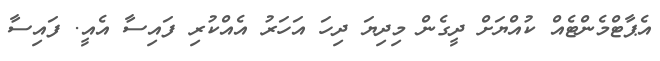
އެޕާޓްމެންޓެއް ކުއްޔަށް ދީގެން މިދިޔަ ދިހަ އަހަރު އެއްކުރި ފައިސާ އެއީ. ފައިސާ